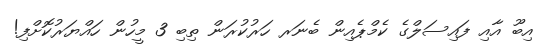
އިބޫ އާއި ފައިސަލްގެ ކެމްޕެއިން ބެނަރ ހަރުކުރަން ތިބި 3 މީހުން ހައްޔަރުކޮށްފި!